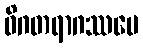
ဝိဂတရာဂဿပေ